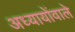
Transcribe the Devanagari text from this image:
अध्यायोंवाले